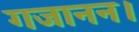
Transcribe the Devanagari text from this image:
गजानन।